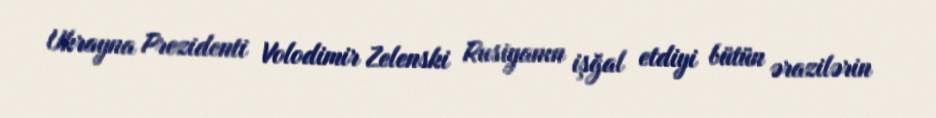
Ukrayna Prezidenti Volodimir Zelenski Rusiyanın işğal etdiyi bütün ərazilərin